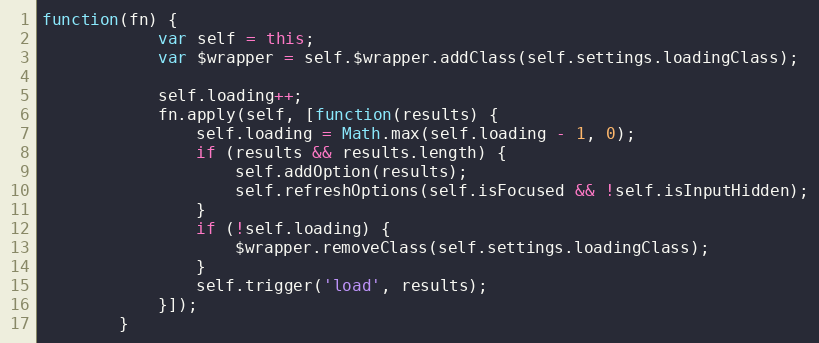
Language: JavaScript
function(fn) {
			var self = this;
			var $wrapper = self.$wrapper.addClass(self.settings.loadingClass);

			self.loading++;
			fn.apply(self, [function(results) {
				self.loading = Math.max(self.loading - 1, 0);
				if (results && results.length) {
					self.addOption(results);
					self.refreshOptions(self.isFocused && !self.isInputHidden);
				}
				if (!self.loading) {
					$wrapper.removeClass(self.settings.loadingClass);
				}
				self.trigger('load', results);
			}]);
		}